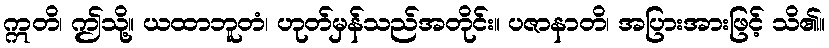
ဣတိ၊ ဤသို့။ ယထာဘူတံ၊ ဟုတ်မှန်သည်အတိုင်း။ ပဇာနာတိ၊ အပြားအားဖြင့် သိ၏။